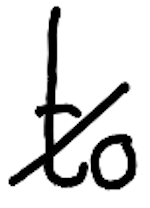
Text: to
Cross-out: diagonal
Writing tool: digital_black